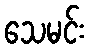
သေမင်း